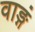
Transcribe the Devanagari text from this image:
वाङ्गं